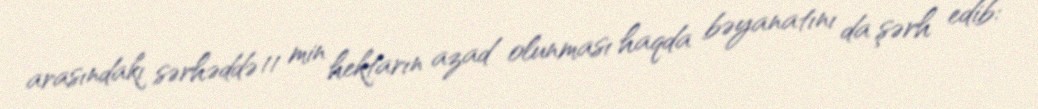
arasındakı sərhəddə 11 min hektarın azad olunması haqda bəyanatını da şərh edib: